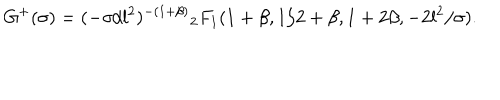
G ^ { + } ( \sigma ) = ( - \sigma / l ^ { 2 } ) ^ { - ( 1 + \beta ) } { } _ { 2 } F _ { 1 } ( 1 + \beta , 1 / 2 + \beta , 1 + 2 \beta , - 2 l ^ { 2 } / \sigma ) .